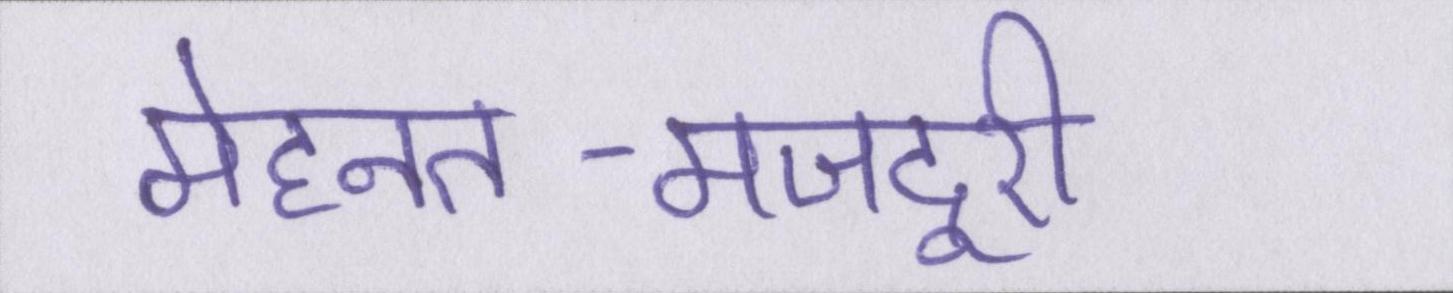
मेहनत-मजदूरी